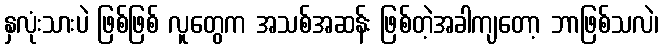
နှလုံးသားပဲ ဖြစ်ဖြစ် လူတွေက အသစ်အဆန်း ဖြစ်တဲ့အခါကျတော့ ဘာဖြစ်သလဲ၊